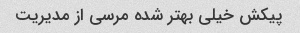
پیکش خیلی بهتر شده مرسی از مدیریت